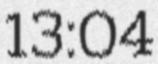
13:04